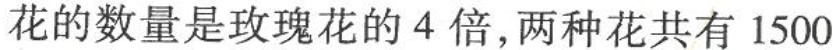
花和玫瑰花，月季花的数量是玫瑰花的4倍，两种花共有1500